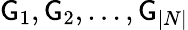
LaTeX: \mathsf{G}_{1},\mathsf{G}_{2},...,\mathsf{G}_{|N|}